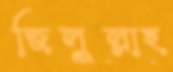
জিলুল্লাহ্